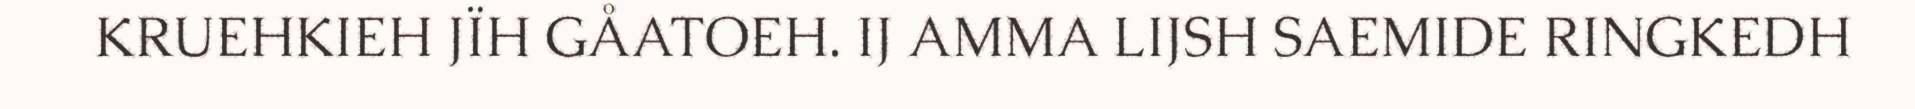
KRUEHKIEH JÏH GÅATOEH. IJ AMMA LIJSH SAEMIDE RINGKEDH